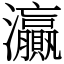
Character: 灜